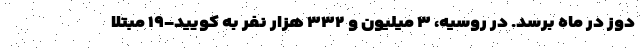
دوز در ماه برسد. در روسیه، ۳ میلیون و ۳۳۲ هزار نفر به کویید-۱۹ مبتلا